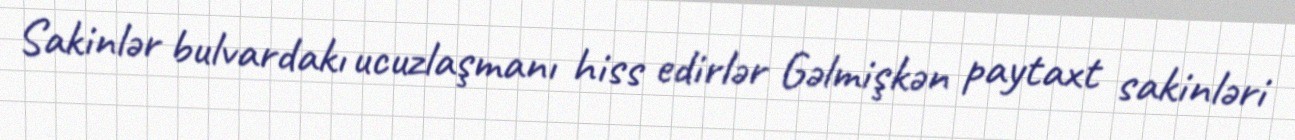
Sakinlər bulvardakı ucuzlaşmanı hiss edirlər Gəlmişkən paytaxt sakinləri